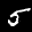
Label: 5